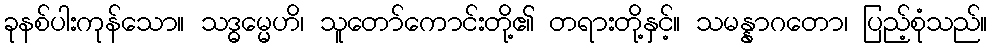
ခုနစ်ပါးကုန်သော။ သဒ္ဓမ္မေဟိ၊ သူတော်ကောင်းတို့၏ တရားတို့နှင့်။ သမန္နာဂတော၊ ပြည့်စုံသည်။